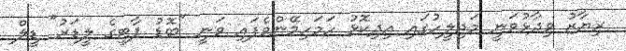
ރިޔާޒު ވިދާޅުވަނީ މަޖިލީހުގައި އިދިކޮޅު ހަމަހިމޭންވެފައި ވަނީ "ބޮޑު ޕާޓީގެ ލީޑަރު" ޑީލް